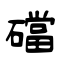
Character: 礑